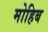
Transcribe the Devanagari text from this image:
मोहिब